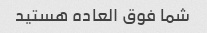
شما فوق العاده هستید